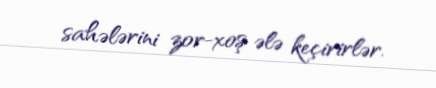
sahələrini zor-xoş ələ keçirirlər.